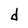
Character: d